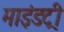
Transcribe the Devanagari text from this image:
माइंडट्री